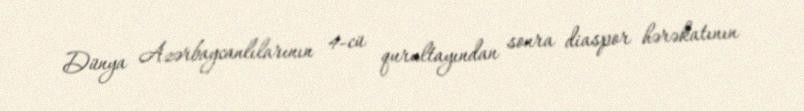
Dünya Azərbaycanlılarının 4-cü qurultayından sonra diaspor hərəkatının